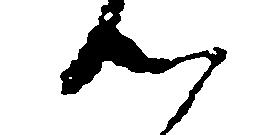
つ